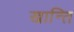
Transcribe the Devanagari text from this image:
खान्ति